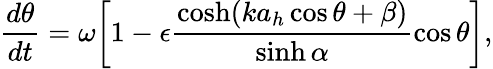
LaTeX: \frac{d\theta}{dt}=\omega\bigg[1-\epsilon\frac{\cosh(ka_{h}\cos\theta+\beta)}{\sinh\alpha}\cos\theta\bigg],